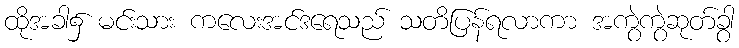
ထိုအခါ၌ မင်းသား ကလေးအင်ဒရေသည် သတိပြန်ရလာကာ အကွဲကွဲဆုတ်ခွာ